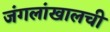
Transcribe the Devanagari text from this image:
जंगलांखालची